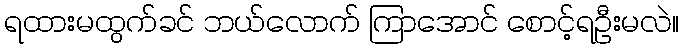
ရထားမထွက်ခင် ဘယ်လောက် ကြာအောင် စောင့်ရဦးမလဲ။